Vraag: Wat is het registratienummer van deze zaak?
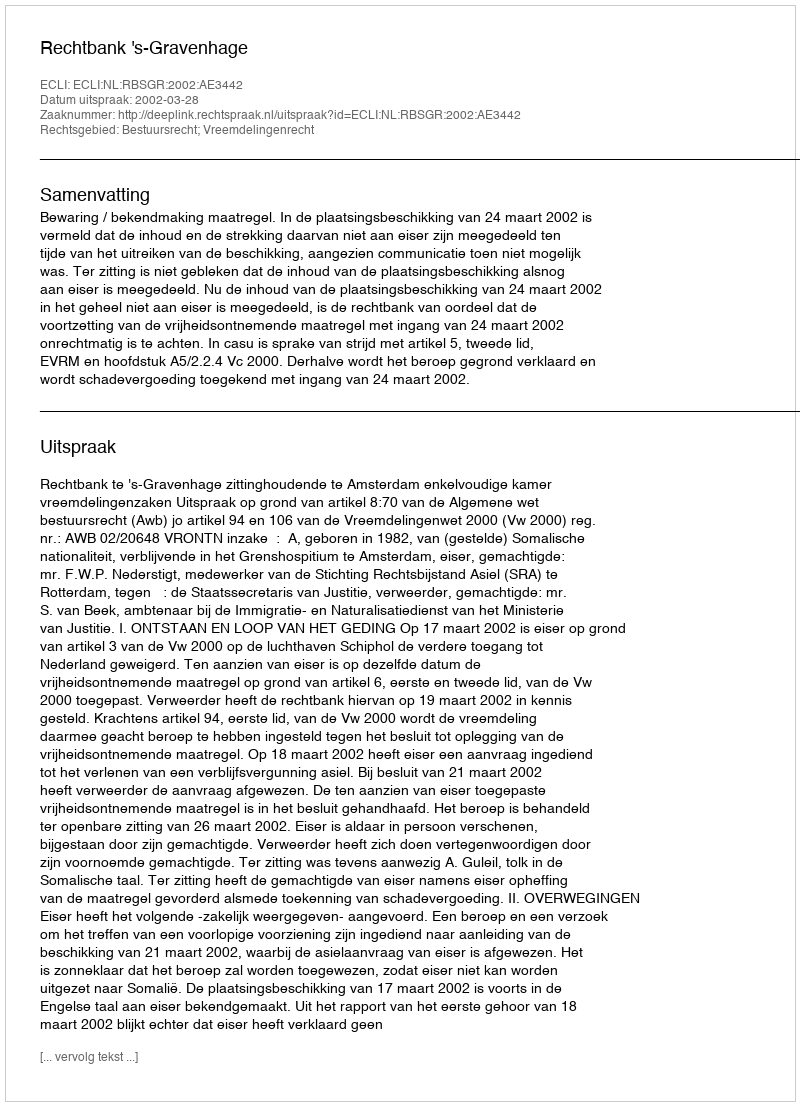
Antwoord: http://deeplink.rechtspraak.nl/uitspraak?id=ECLI:NL:RBSGR:2002:AE3442